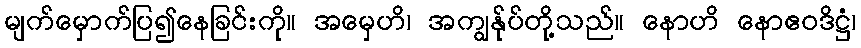
မျက်မှောက်ပြ၍နေခြင်းကို။ အမှေဟိ၊ အကျွန်ုပ်တို့သည်။ နောဟိ နောဧဝဒိဋ္ဌံ၊